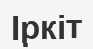
Іркіт